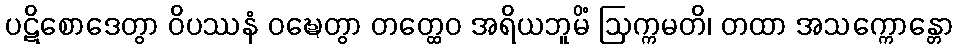
ပဋိစောဒေတွာ ဝိပဿနံ ဝဍ္ဎေတွာ တတ္ထေဝ အရိယဘူမိံ ဩက္ကမတိ၊ တထာ အသက္ကောန္တော